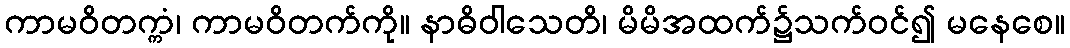
ကာမဝိတက္ကံ၊ ကာမဝိတက်ကို။ နာဓိဝါသေတိ၊ မိမိအထက်၌သက်ဝင်၍ မနေစေ။